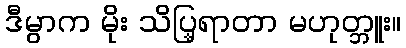
ဒီမွာက မိုး သိပ္ရြာတာ မဟုတ္ဘူး။